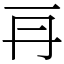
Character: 𠕂